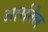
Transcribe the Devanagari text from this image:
आर्सनेल